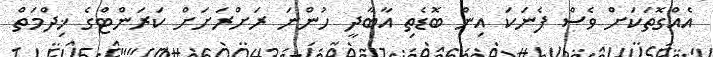
އެއްގޮތަކަށް ވެސް ފެނަކަ އިން ބޮޑެތި އާބާދީ ހުންނަ ރަށްރަށަށް ކަރަންޓްގެ ޚިދްމަތް